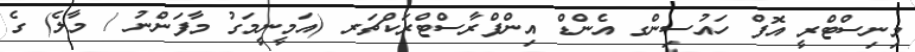
މިނިސްޓްރީ އޮފް ހައުސިންގ އެންޑް އިންފްރާސްޓްރަކްޗަރ (އަމީނީމަގު މާފަންނު / މާލެ) ގެ